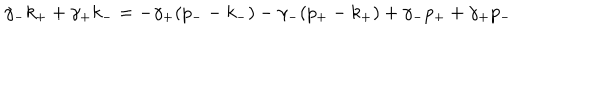
LaTeX: \gamma _ { - } k _ { + } + \gamma _ { + } k _ { - } = - \gamma _ { + } ( p _ { - } - k _ { - } ) - \gamma _ { - } ( p _ { + } - k _ { + } ) + \gamma _ { - } p _ { + } + \gamma _ { + } p _ { - } \nonumber